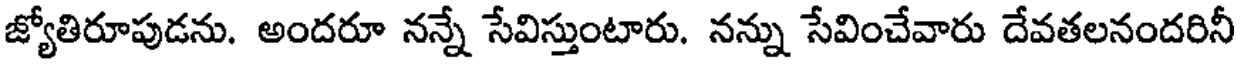
జ్యోతిరూపుడను. అందరూ నన్నే సేవిస్తుంటారు. నన్ను సేవించేవారు దేవతలనందరినీ